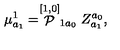
\mu _ { a _ { 1 } } ^ { 1 } = \stackrel { [ 1 , 0 ] } { \cal P } _ { 1 a _ { 0 } } Z _ { a _ { 1 } } ^ { a _ { 0 } } ,